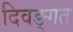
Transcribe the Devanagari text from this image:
दिवङ्गत